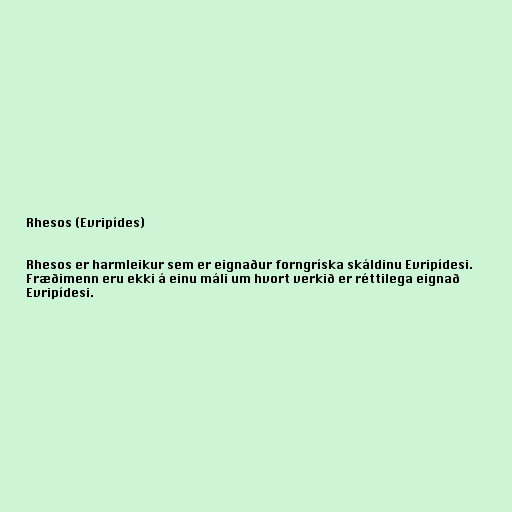
Rhesos (Evripídes)

Rhesos er harmleikur sem er eignaður forngríska skáldinu Evripídesi.
Fræðimenn eru ekki á einu máli um hvort verkið er réttilega eignað
Evripídesi.